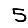
Digit: 5